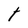
Character: t